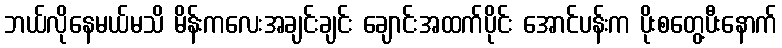
ဘယ်လိုနေမယ်မသိ မိန်းကလေးအချင်းချင်း ချောင်းအထက်ပိုင်း အောင်ပန်းက ပိုးစတွေ့ပီးနောက်